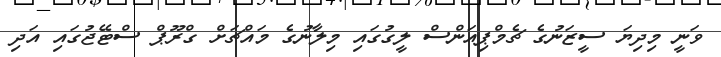
ވަނީ މިދިޔަ ސީޒަނުގެ ޗެމްޕިއަންސް ލީގުގައި މިލާނުގެ މައްޗަށް ގްރޫޕް ސްޓޭޖުގައި އަދި